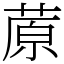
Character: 蒝